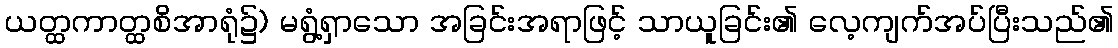
ယတ္ထကာတ္ထစိအာရုံ၌) မရွံ့ရှာသော အခြင်းအရာဖြင့် သာယူခြင်း၏ လေ့ကျက်အပ်ပြီးသည်၏